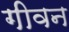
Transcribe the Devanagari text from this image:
गीवन